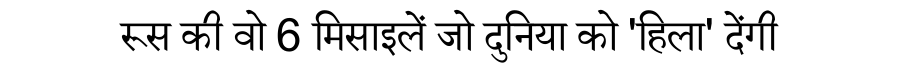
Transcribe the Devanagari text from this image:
रूस की वो 6 मिसाइलें जो दुनिया को 'हिला' देंगी